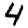
Digit: 4